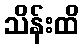
သိန်းထိ